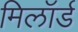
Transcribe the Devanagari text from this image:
मिलॉर्ड